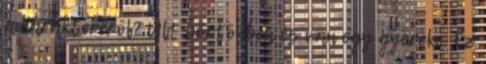
a karakteréről? Ült börtönben és van egy gyereke. Ez